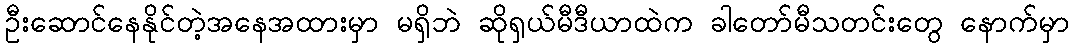
ဦးဆောင်နေနိုင်တဲ့အနေအထားမှာ မရှိဘဲ ဆိုရှယ်မီဒီယာထဲက ခါတော်မီသတင်းတွေ နောက်မှာ